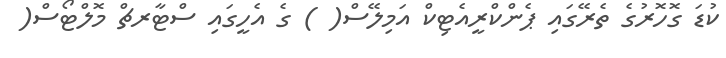
ކުޑަ ގޮހޮރުގެ ތެރޭގައި ޕެންކްރީއެޓިކް އަމިލޭސް( ) ގެ އެހީގައި ސްޓާރޗް މޮލްޓޯސް(